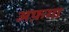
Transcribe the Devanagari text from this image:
अफ़गा